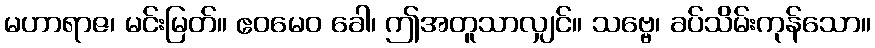
မဟာရာဇ၊ မင်းမြတ်။ ဧဝမေဝ ခေါ၊ ဤအတူသာလျှင်။ သဗ္ဗေ၊ ခပ်သိမ်းကုန်သော။